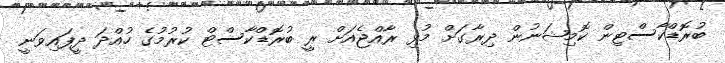
ބުރޮޑްކާސްޓިން ކޮމިޝަނުން ދިރާގަށް މުޅި ރާއްޖެއަށް ރީ ބުރޮޑްކާސްޓް ކުރުމުގެ ހުއްދަ ދީފައިވަނީ